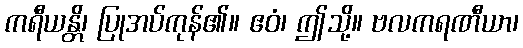
ကရီယန္တိ၊ ပြုအပ်ကုန်၏။ ဧဝံ၊ ဤသို့။ ဗလကရဏီယာ၊